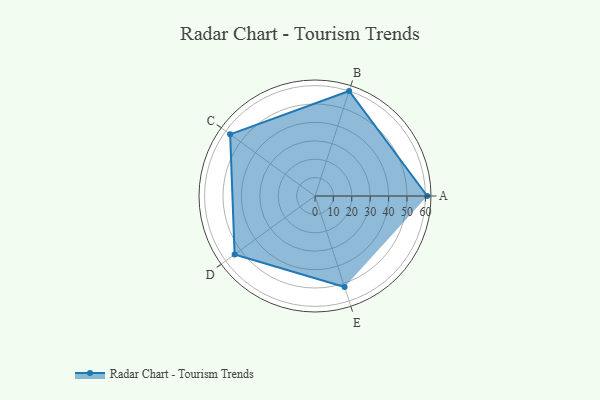
{"axis": {"x": "Skill", "y": "Score"}, "legend": ["Profile"], "data": [{"x": "A", "y": 61.0, "type": "Profile"}, {"x": "B", "y": 60.0, "type": "Profile"}, {"x": "C", "y": 57.0, "type": "Profile"}, {"x": "D", "y": 54.0, "type": "Profile"}, {"x": "E", "y": 52.0, "type": "Profile"}]}